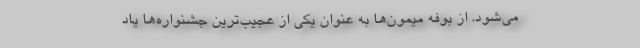
می‌شود. از بوفه میمون‌ها به عنوان یکی از عجیب‌ترین جشنواره‌ها یاد